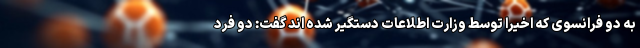
به دو فرانسوی که اخیرا توسط وزارت اطلاعات دستگیر شده اند گفت: دو فرد